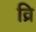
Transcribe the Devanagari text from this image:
व्रि